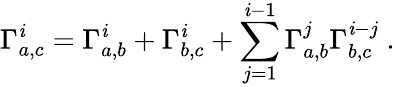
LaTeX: \Gamma_{a,c}^{\mathit{i}}=\Gamma_{a,b}^{\mathit{i}}+\Gamma_{b,c}^{\mathit{i}}+\sum_{j=1}^{\mathit{i}-1}\Gamma_{a,b}^{j}\Gamma_{b,c}^{\mathit{i}-j}~.